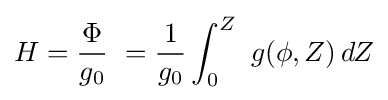
{H}={\frac {\Phi }{g_{0}}}\ ={\frac {1}{g_{0}}}\int _{0}^{Z}\ g(\phi ,Z)\,dZ